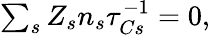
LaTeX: \begin{array}{r}{\sum_{s}Z_{s}n_{s}\tau_{Cs}^{-1}=0,}\end{array}